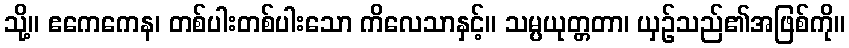
သို့။ ဧကေကေန၊ တစ်ပါးတစ်ပါးသော ကိလေသာနှင့်။ သမ္ပယုတ္တတာ၊ ယှဉ်သည်၏အဖြစ်ကို။